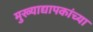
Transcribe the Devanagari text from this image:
मुख्‍याद्यापकांच्‍या